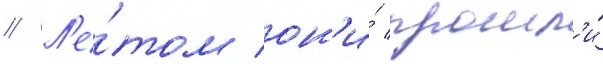
// Л'е́том он'и́ прошл'и́